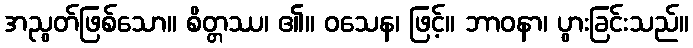
အညွတ်ဖြစ်သော။ စိတ္တဿ၊ ၏။ ဝသေန၊ ဖြင့်။ ဘာဝနာ၊ ပွားခြင်းသည်။